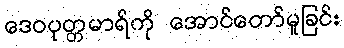
ဒေဝပုတ္တမာရ်ကို အောင်တော်မူခြင်း